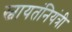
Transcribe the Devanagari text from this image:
स्वायतंनियंत्री